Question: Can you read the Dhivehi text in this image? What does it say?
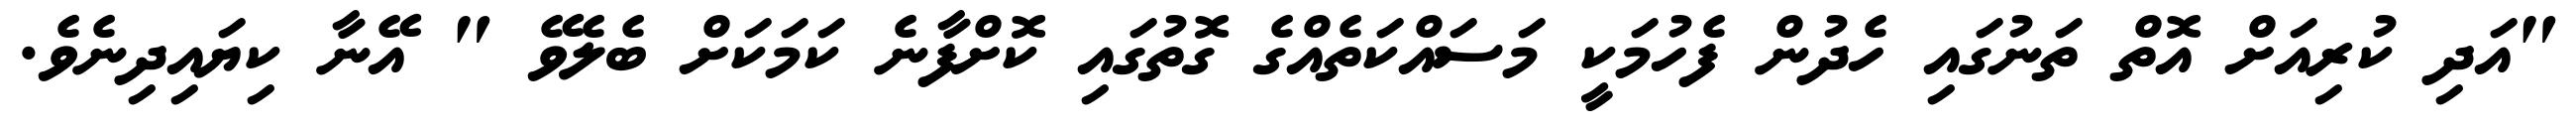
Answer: "އަދި ކުރިއަށް އޮތް ތަނުގައި ހެދުން ފެހުމަކީ މަސައްކަތެއްގެ ގޮތުގައި ކޮށްފާނެ ކަމަކަށް ބެލެވޭ " އޭނާ ކިޔައިދިނެވެ.